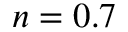
n = 0 . 7